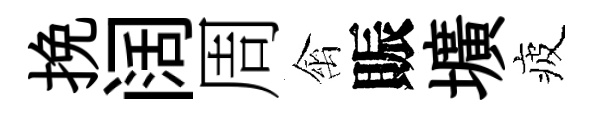
挽阔周禽賑壙疲